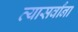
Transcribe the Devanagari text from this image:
त्यासर्वांना